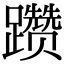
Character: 躜